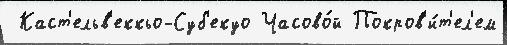
 Каст'ельв'еккьо-Суб'екуо Часово́й Покров'и́т'ел'ем